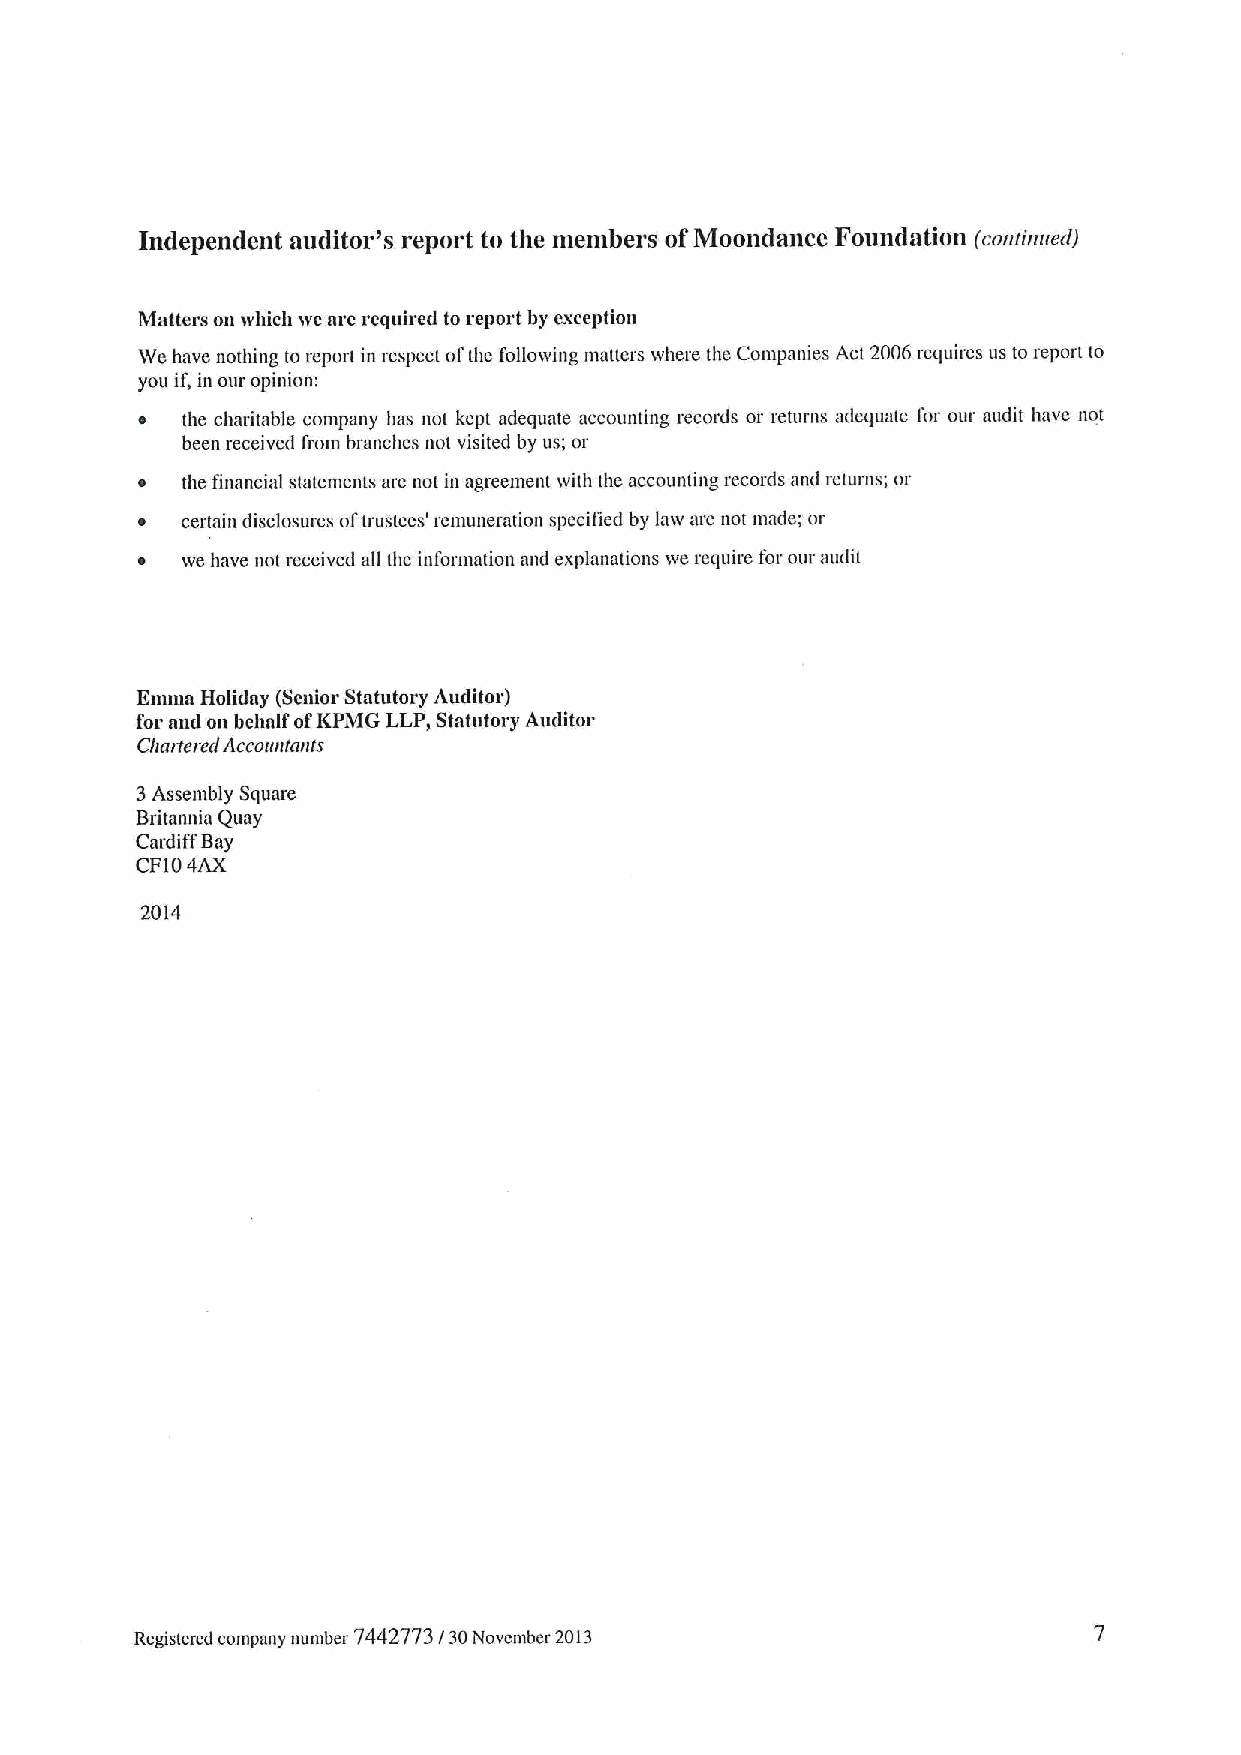
Independent auditor's report to the members ofMoondance Foundation (continued)
 Matters on which we me required to report by exception
 We have nothing to report in respect ofthc following maners where the Companies Act 2006requires us to report to
 you if,in our opinion:
 the charitable company has not kept adequate accounting records or returns adequate for our audit have not
 been received from branches not visited by us; or
 the financial statements are not in agreement with the accounting records and returns; or
 certain disclosures oftrustees' remuneration specified by law arc not made; or
 we have not received all the information and explanations we require for our audit
 Emma Holiday (Senior Statutory Auditor)
 for and an behalf ofKPMG LLP, Statutory Auditor
 Chartered Accanntants
 3Assembly Square
 Britannia Quay
 Cardiff Bay
 CF104AX
 2014
 Registered company number 7442773I30November 2013